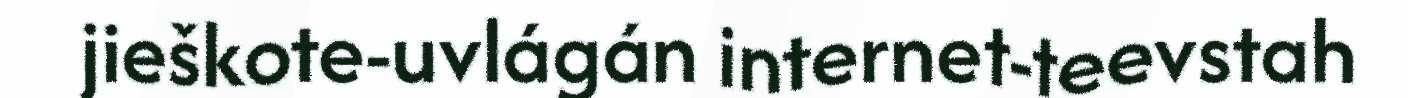
jieškote-uvlágán internet-teevstah